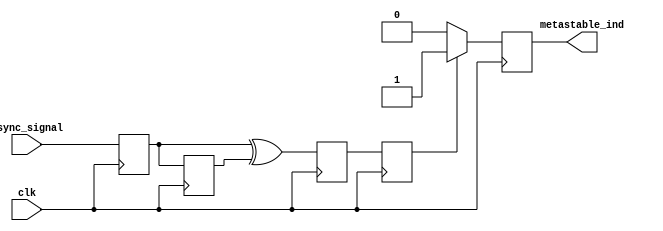
module metastability_detector (
    input wire clk,           // Stable clock input
    input wire async_signal,  // Asynchronous input signal
    output reg metastable_ind // Metastability indication output
);

// Internal signals
reg ff1, ff2;               // Two flip-flops for double sampling
reg pulse;                  // Pulse signal indicating change
reg pulse_d;                // Delayed pulse for metastability indication

// Sampling the asynchronous input signal using two flip-flops
always @(posedge clk) begin
    ff1 <= async_signal;    // Sample input signal at clock edge
    ff2 <= ff1;             // Sample the output of the first flip-flop
end

// Pulse generation logic
always @(posedge clk) begin
    pulse <= (ff1 ^ ff2);   // Generate pulse when ff1 and ff2 are different
end

// Delay pulse signal to create metastability indication
always @(posedge clk) begin
    pulse_d <= pulse;       // Store pulse for one clock cycle
end

// Metastability detection logic
always @(posedge clk) begin
    if (pulse_d) begin
        metastable_ind <= 1; // Indicate metastability detected
    end else begin
        metastable_ind <= 0; // Clear indication if no metastability
    end
end

endmodule